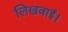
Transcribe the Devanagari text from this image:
लिखवाई।